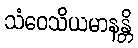
သံဝေသိယမာနန္တိ